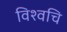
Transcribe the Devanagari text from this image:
विश्वचि